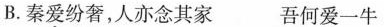
B.秦爱纷奢，人亦念其家 吾何爱一牛